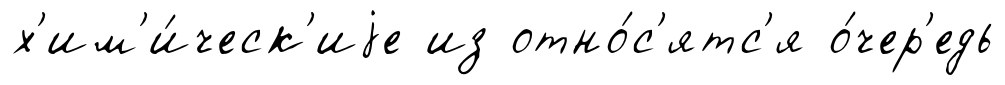
х'им'и́ческ'иjе из отно́с'ятс'я о́чер'едь